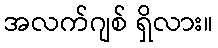
အလက်ဂျစ် ရှိလား။